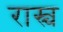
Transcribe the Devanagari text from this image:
रास्च